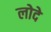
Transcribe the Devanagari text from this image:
लोदे